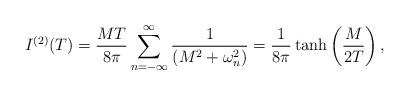
LaTeX: \begin{align*}I^{(2)}(T) = {MT\over 8\pi}\sum_{n=-\infty}^{\infty}{1\over\left(M^2+\omega_n^2\right)}={1\over 8\pi} \tanh\left({M\over 2T}\right),\end{align*}